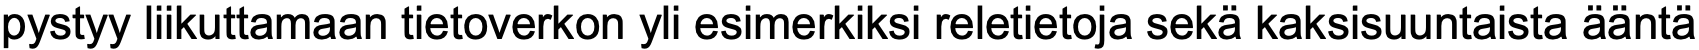
pystyy liikuttamaan tietoverkon yli esimerkiksi reletietoja sekä kaksisuuntaista ääntä